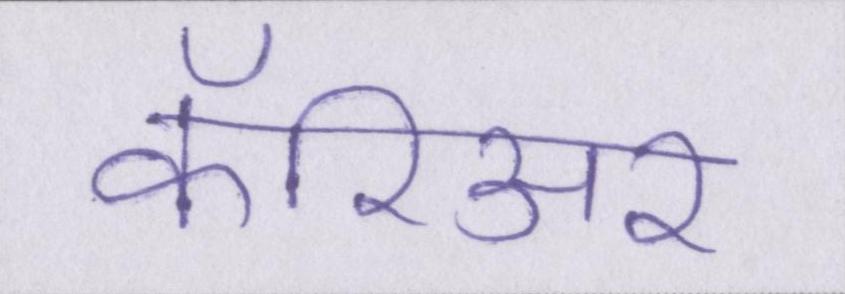
कॅरिअर